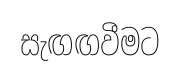
සැඟඟවීමට